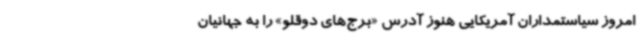
امروز سیاستمداران آمریکایی هنوز آدرس «برج‌های دوقلو» را به جهانیان